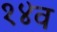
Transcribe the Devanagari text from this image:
१४व